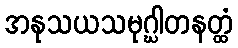
အနုသယသမုဂ္ဃါတနတ္ထံ